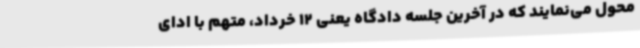
محول می‌نمایند که در آخرین جلسه دادگاه یعنی 12 خرداد، متهم با ادای